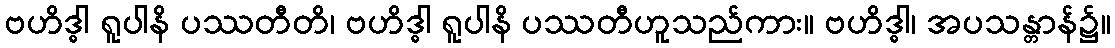
ဗဟိဒ္ဓါ ရူပါနိ ပဿတီတိ၊ ဗဟိဒ္ဓါ ရူပါနိ ပဿတီဟူသည်ကား။ ဗဟိဒ္ဓါ၊ အပသန္တာန်၌။